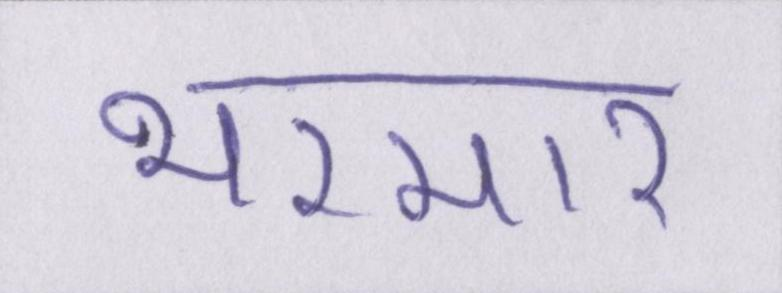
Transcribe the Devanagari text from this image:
भरमार